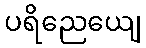
ပရိညေယျေ